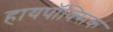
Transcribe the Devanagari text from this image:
हायपॉक्सिक